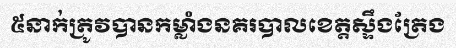
៥នាក់ត្រូវបានកម្លាំងនគរបាលខេត្តស្ទឹងត្រែង